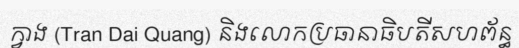
ក្វាង (Tran Dai Quang) និងលោកប្រធានាធិបតីសហព័ន្ធ